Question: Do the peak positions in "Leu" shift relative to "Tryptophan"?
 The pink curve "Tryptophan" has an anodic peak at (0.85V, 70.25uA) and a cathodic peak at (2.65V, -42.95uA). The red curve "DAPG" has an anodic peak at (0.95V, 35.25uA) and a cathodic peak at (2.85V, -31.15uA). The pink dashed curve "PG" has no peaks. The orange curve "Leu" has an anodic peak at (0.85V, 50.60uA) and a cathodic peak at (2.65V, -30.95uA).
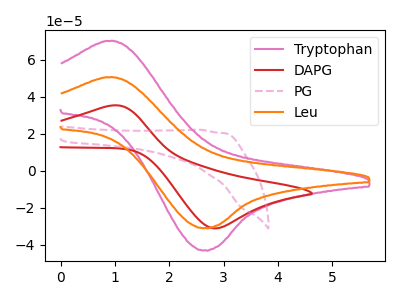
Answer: <think>All the peaks in "Leu" have a peak in "Tryptophan" at the same potential. Every peak in "Leu" is lower than every peak in "Tryptophan".
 </think>
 <answer>No, "Leu" and "Tryptophan" don't appear to be significantly different in shape</answer>
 <eval>no_change</eval>